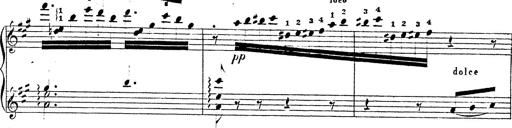
Title: Chanson bohÃ©mienne
Composer: Franz Liszt